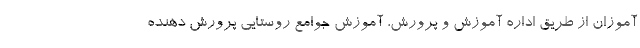
آموزان از طریق اداره آموزش و پرورش، آموزش جوامع روستایی پرورش دهنده